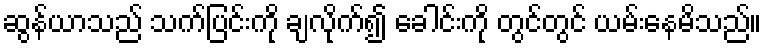
ဆွန်ယာသည် သက်ပြင်းကို ချလိုက်၍ ခေါင်းကို တွင်တွင် ယမ်းနေမိသည်။